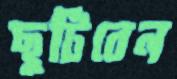
ছুটিবেন